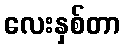
လေးနှစ်တာ